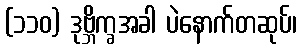
(၁၁၀) ဒုဗ္ဘိက္ခအခါ ပဲနောက်တဆုပ်၊